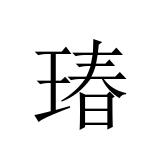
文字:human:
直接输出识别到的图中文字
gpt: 瑃